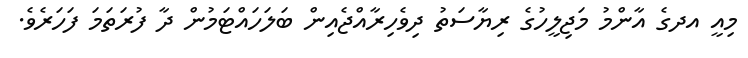
މިއީ އދގެ އާންމު މަޖިލީހުގެ ރިޔާސަތު ދިވެހިރާއްޖެއިން ބަލަހައްޓަމުން ދާ ފުރަތަމަ ފަހަރެވެ.